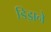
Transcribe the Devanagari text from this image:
डिझने